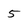
Character: 5